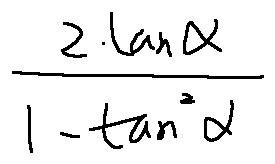
\frac { 2 \tan \alpha } { 1 - \tan ^ { 2 } \alpha }